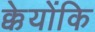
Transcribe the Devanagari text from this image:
क्केयोंकि